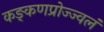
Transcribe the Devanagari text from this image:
कङ्कणप्रोज्ज्वलं